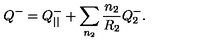
Q ^ { - } = Q _ { | | } ^ { - } + \sum _ { n _ { 2 } } \frac { n _ { 2 } } { R _ { 2 } } Q _ { 2 } ^ { - } .